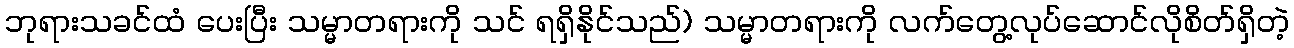
ဘုရားသခင်ထံ ပေးပြီး သမ္မာတရားကို သင် ရရှိနိုင်သည်) သမ္မာတရားကို လက်တွေ့လုပ်ဆောင်လိုစိတ်ရှိတဲ့